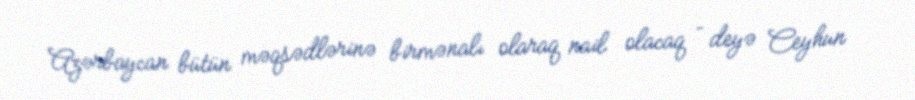
Azərbaycan bütün məqsədlərinə birmənalı olaraq nail olacaq – deyə Ceyhun